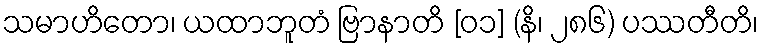
သမာဟိတော၊ ယထာဘူတံ ဗြာနာတိ [၀၁] (နိ၊ ၂၈၆) ပဿတီတိ၊